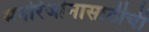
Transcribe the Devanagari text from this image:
मनोरंजांनासाठीची